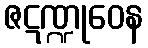
ဇဋဏ္ဍုဝေန